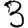
Digit: 3